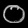
Digit: ၀